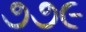
૭૭૯